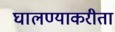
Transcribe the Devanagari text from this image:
घालण्याकरीता